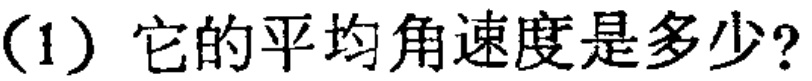
（1）它的平均角速度是多少?